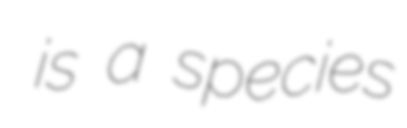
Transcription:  is a species